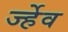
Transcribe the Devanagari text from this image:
र्ज्हेव